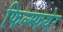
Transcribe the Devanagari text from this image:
फिल्म्फयेर